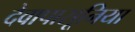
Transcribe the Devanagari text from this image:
देवापासूनिया